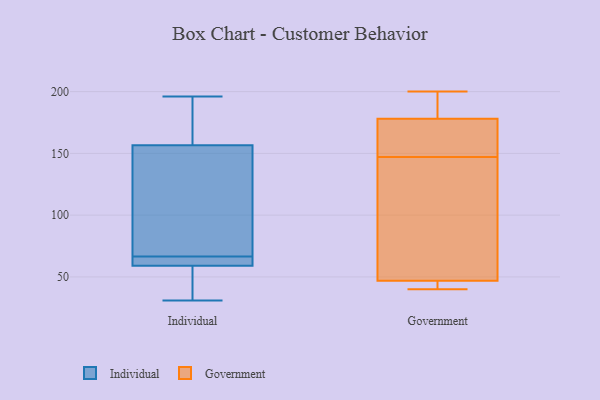
{"axis": {"x": "Conversion Rate (%)", "y": "Value"}, "legend": ["Government", "Individual"], "data": [{"x": "", "y": 156, "type": "Individual"}, {"x": "", "y": 196, "type": "Individual"}, {"x": "", "y": 157, "type": "Individual"}, {"x": "", "y": 46, "type": "Individual"}, {"x": "", "y": 174, "type": "Individual"}, {"x": "", "y": 63, "type": "Individual"}, {"x": "", "y": 57, "type": "Individual"}, {"x": "", "y": 70, "type": "Individual"}, {"x": "", "y": 63, "type": "Individual"}, {"x": "", "y": 61, "type": "Individual"}, {"x": "", "y": 31, "type": "Individual"}, {"x": "", "y": 100, "type": "Individual"}, {"x": "", "y": 200, "type": "Government"}, {"x": "", "y": 44, "type": "Government"}, {"x": "", "y": 160, "type": "Government"}, {"x": "", "y": 144, "type": "Government"}, {"x": "", "y": 183, "type": "Government"}, {"x": "", "y": 150, "type": "Government"}, {"x": "", "y": 86, "type": "Government"}, {"x": "", "y": 178, "type": "Government"}, {"x": "", "y": 40, "type": "Government"}, {"x": "", "y": 47, "type": "Government"}]}